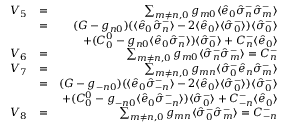
\begin{array} { r l r } { V _ { 5 } } & { = } & { \sum _ { m \neq n , 0 } g _ { m 0 } \langle \hat { e } _ { 0 } \hat { \sigma } _ { n } ^ { - } \hat { \sigma } _ { m } ^ { - } \rangle } \\ & { = } & { ( { \cal G } - g _ { n 0 } ) ( \langle \hat { e } _ { 0 } \hat { \sigma } _ { n } ^ { - } \rangle - 2 \langle \hat { e } _ { 0 } \rangle \langle \hat { \sigma } _ { 0 } ^ { - } \rangle ) \langle \hat { \sigma } _ { 0 } ^ { - } \rangle } \\ & { \null } & { + ( { \cal C } _ { 0 } ^ { 0 } - g _ { n 0 } \langle \hat { e } _ { 0 } \hat { \sigma } _ { n } ^ { - } \rangle ) \langle \hat { \sigma } _ { 0 } ^ { - } \rangle + { \cal C } _ { n } ^ { - } \langle \hat { e } _ { 0 } \rangle } \\ { V _ { 6 } } & { = } & { \sum _ { m \neq n , 0 } g _ { m 0 } \langle \hat { \sigma } _ { n } ^ { - } \hat { \sigma } _ { m } ^ { - } \rangle = { \cal C } _ { n } ^ { - } } \\ { V _ { 7 } } & { = } & { \sum _ { m \neq n , 0 } g _ { m n } \langle \hat { \sigma } _ { 0 } ^ { - } \hat { e } _ { n } \hat { \sigma } _ { m } ^ { - } \rangle } \\ & { = } & { ( { \cal G } - g _ { - n 0 } ) ( \langle \hat { e } _ { 0 } \hat { \sigma } _ { - n } ^ { - } \rangle - 2 \langle \hat { e } _ { 0 } \rangle \langle \hat { \sigma } _ { 0 } ^ { - } \rangle ) \langle \hat { \sigma } _ { 0 } ^ { - } \rangle } \\ & { \null } & { + ( { \cal C } _ { 0 } ^ { 0 } - g _ { - n 0 } \langle \hat { e } _ { 0 } \hat { \sigma } _ { - n } ^ { - } \rangle ) \langle \hat { \sigma } _ { 0 } ^ { - } \rangle + { \cal C } _ { - n } ^ { - } \langle \hat { e } _ { 0 } \rangle } \\ { V _ { 8 } } & { = } & { \sum _ { m \neq n , 0 } g _ { m n } \langle \hat { \sigma } _ { 0 } ^ { - } \hat { \sigma } _ { m } ^ { - } \rangle = { \cal C } _ { - n } ^ { - } } \end{array}